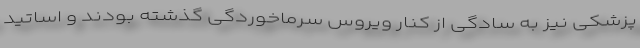
پزشکی نیز به سادگی از کنار ویروس سرماخوردگی گذشته بودند و اساتید